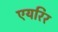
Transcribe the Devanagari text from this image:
एयरिर